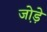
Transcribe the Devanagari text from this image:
जो़ड़े